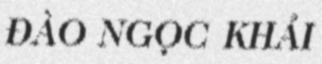
ĐÀO NGỌC KHẢI